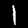
Label: 1